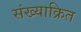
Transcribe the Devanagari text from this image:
संख्याक्रित